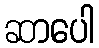
ဆာပေါ